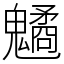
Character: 䰬